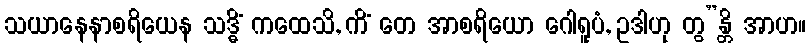
သယာနေနာစရိယေန သဒ္ဓိံ ကထေသိ, ကိံ တေ အာစရိယော ဂေါရူပံ, ဥဒါဟု တွ”န္တိ အာဟ။